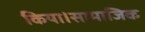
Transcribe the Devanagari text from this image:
किया।सामाजिक